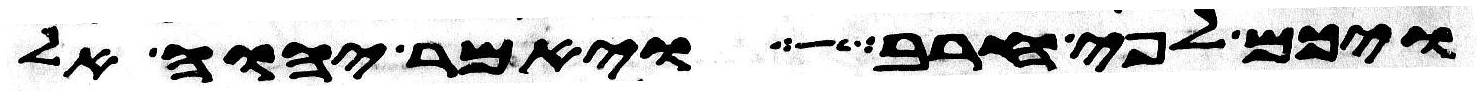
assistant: ויכם לפי חרב ויאמר יהוה אל